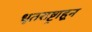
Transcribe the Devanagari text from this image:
धृतराष्ट्राहून